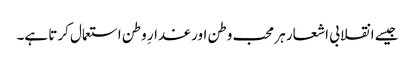
جیسے انقلابی اشعار ہر محب وطن اور غدارِ وطن استعمال کرتا ہے۔